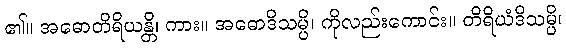
၏။ အဓောတိရိယန္တိ၊ ကား။ အဓောဒိသမ္ပိ၊ ကိုလည်းကောင်း။ တိရိယံဒိသမ္ပိ၊